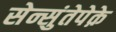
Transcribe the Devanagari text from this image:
सेन्सुंतेपेक़े